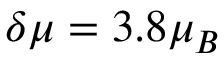
\delta \mu = 3 . 8 \mu _ { B }